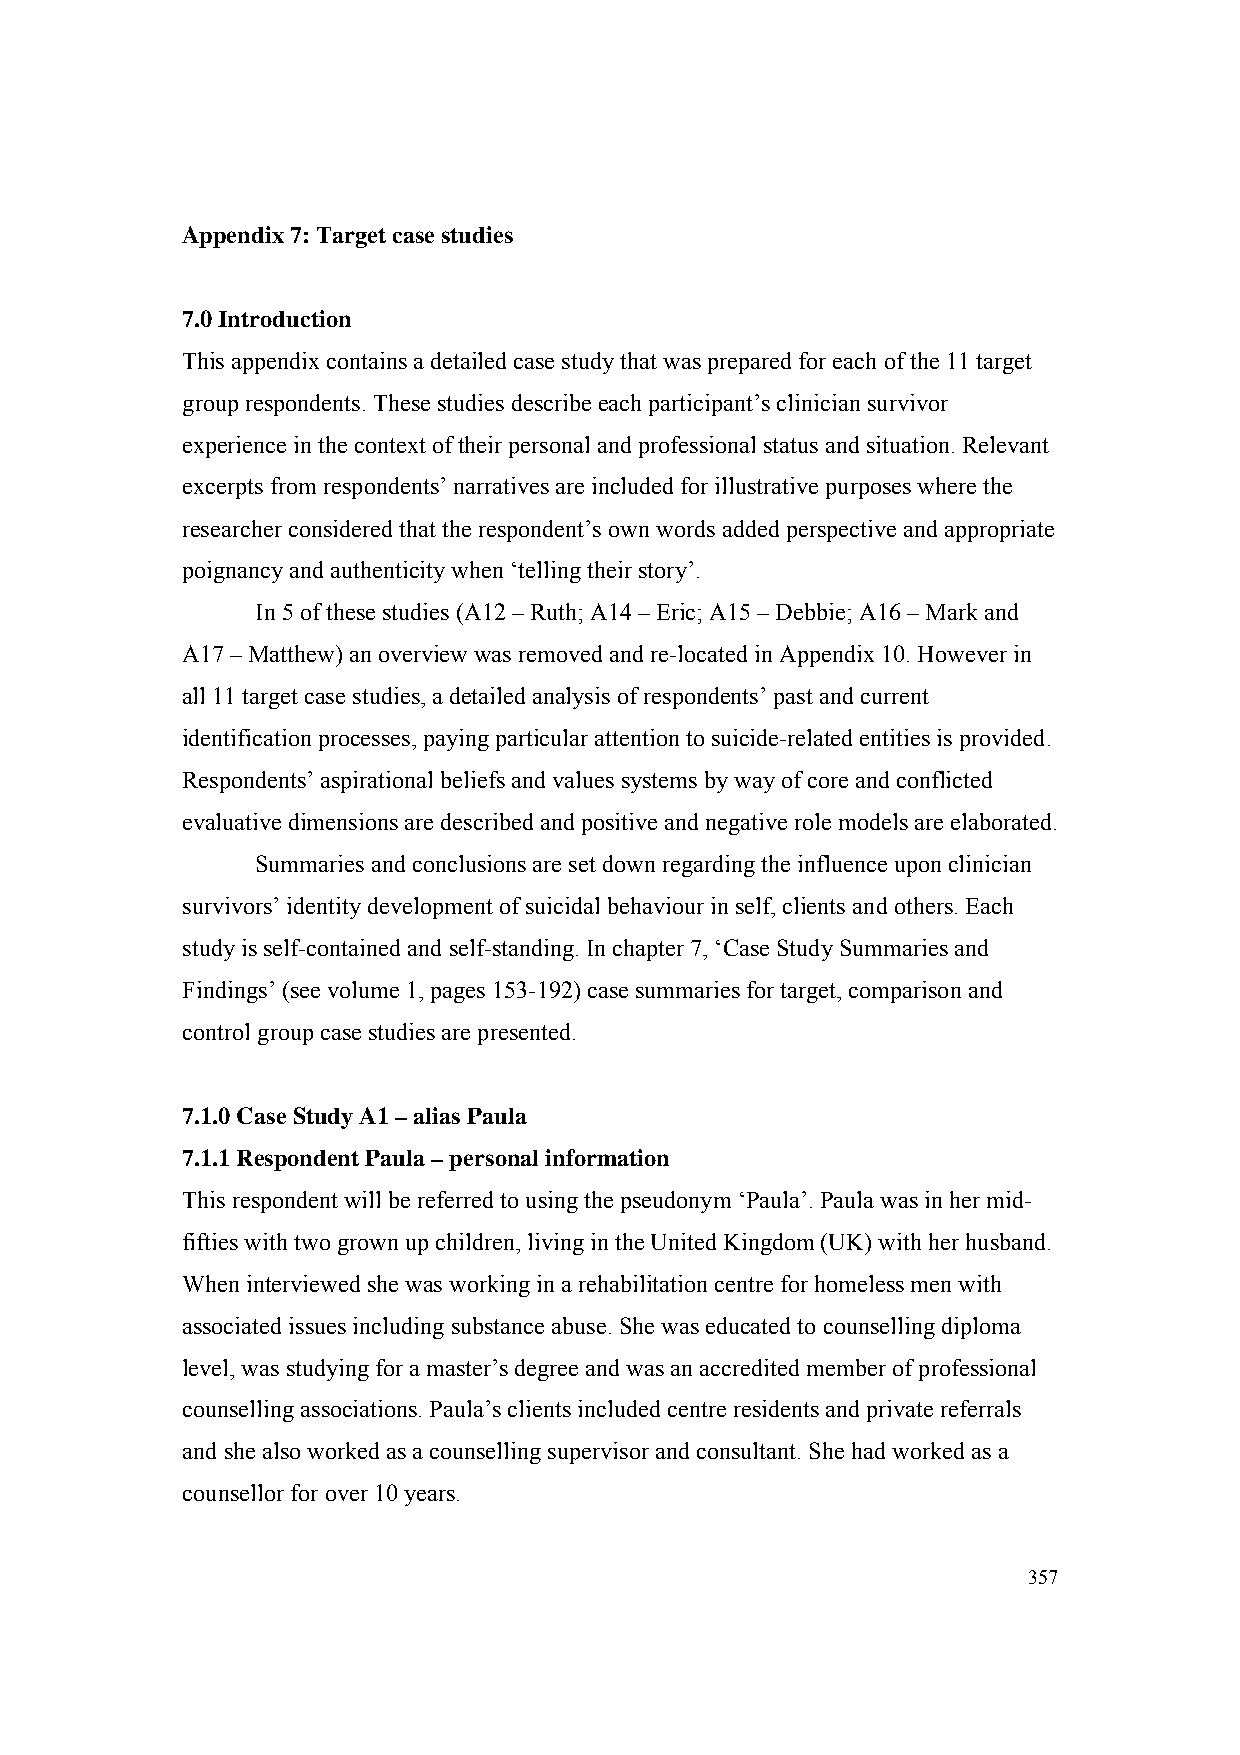
Appendix 7: Target case studies
 7.0 Introduction
 This appendix contains a detailed case study that was prepared for each of the 11 target
 group respondents. These studies describe each participant’s clinician survivor
 experience in the context of their personal and professional status and situation. Relevant
 excerpts from respondents’ narratives are included for illustrative purposes where the
 researcher considered that the respondent’s own words added perspective and appropriate
 poignancy and authenticity when ‘telling their story’.
 In 5 of these studies (A12 – Ruth; A14 – Eric; A15 – Debbie; A16 – Mark and
 A17 – Matthew) an overview was removed and re-located in Appendix 10. However in
 all 11 target case studies, a detailed analysis of respondents’ past and current
 identification processes, paying particular attention to suicide-related entities is provided.
 Respondents’ aspirational beliefs and values systems by way of core and conflicted
 evaluative dimensions are described and positive and negative role models are elaborated.
 Summaries and conclusions are set down regarding the influence upon clinician
 survivors’ identity development of suicidal behaviour in self, clients and others. Each
 study is self-contained and self-standing. In chapter 7, ‘Case Study Summaries and
 Findings’ (see volume 1, pages 153-192) case summaries for target, comparison and
 control group case studies are presented.
 7.1.0 Case Study A1 – alias Paula
 7.1.1 Respondent Paula – personal information
 This respondent will be referred to using the pseudonym ‘Paula’. Paula was in her mid-
 fifties with two grown up children, living in the United Kingdom (UK) with her husband.
 When interviewed she was working in a rehabilitation centre for homeless men with
 associated issues including substance abuse. She was educated to counselling diploma
 level, was studying for a master’s degree and was an accredited member of professional
 counselling associations. Paula’s clients included centre residents and private referrals
 and she also worked as a counselling supervisor and consultant. She had worked as a
 counsellor for over 10 years.
 357